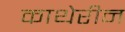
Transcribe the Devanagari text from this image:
काथेरीन